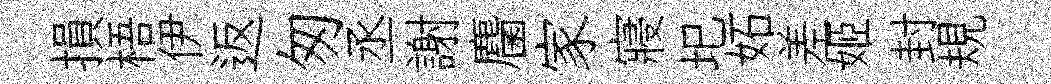
損梧伊返匆丞謝麕家寢圯妬差姬封規